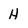
Character: H